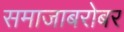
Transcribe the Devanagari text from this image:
समाजाबरोबर